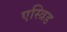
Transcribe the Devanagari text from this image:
एस्त्रिड